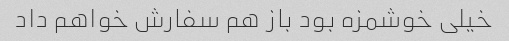
خیلی خوشمزه بود باز هم سفارش خواهم داد